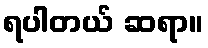
ရပါတယ် ဆရာ။